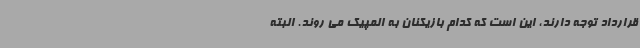
قرارداد توجه دارند، این است که کدام بازیکنان به المپیک می روند. البته